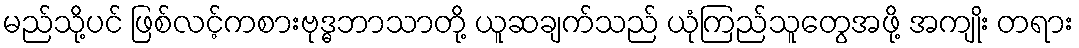
မည်သို့ပင် ဖြစ်လင့်ကစားဗုဒ္ဓဘာသာတို့ ယူဆချက်သည် ယုံကြည်သူတွေအဖို့ အကျိုး တရား